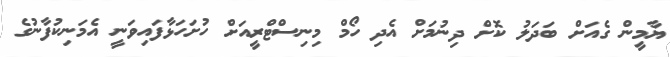
ޔާމީން ގެއަށް ބަދަލު ކޮށް ދިނުމަށް އެދި ހޯމް މިނިސްޓްރީއަށް ހުށަހަޅާފައިވަނީ އެމަނިކުފާނުގެ